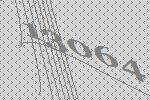
13064